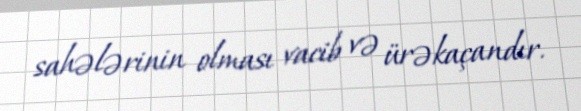
sahələrinin olması vacib və ürəkaçandır.